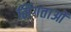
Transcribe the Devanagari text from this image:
सिंगताओं